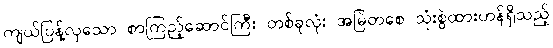
ကျယ်ပြန့်လှသော စာကြည့်ဆောင်ကြီး တစ်ခုလုံး အမြဲတစေ သုံးစွဲထားဟန်ရှိသည့်